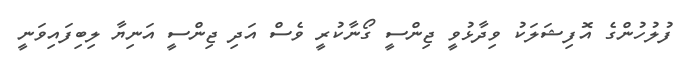
ފުލުހުންގެ އޮފިޝަލަކު ވިދާޅުވީ ޖިންސީ ގޯނާކުރީ ވެސް އަދި ޖިންސީ އަނިޔާ ލިބިފައިވަނީ